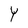
Character: Y